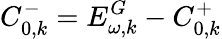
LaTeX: C_{0,k}^{-}=E_{\omega,k}^{G}-C_{0,k}^{+}